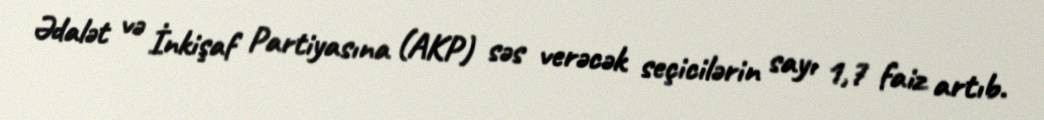
Ədalət və İnkişaf Partiyasına (AKP) səs verəcək seçicilərin sayı 1,7 faiz artıb.